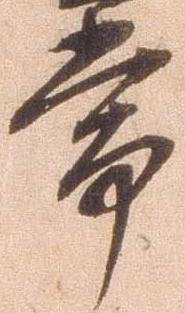
帯